Annual report on the working of the lock hospitals in the Central Provinces
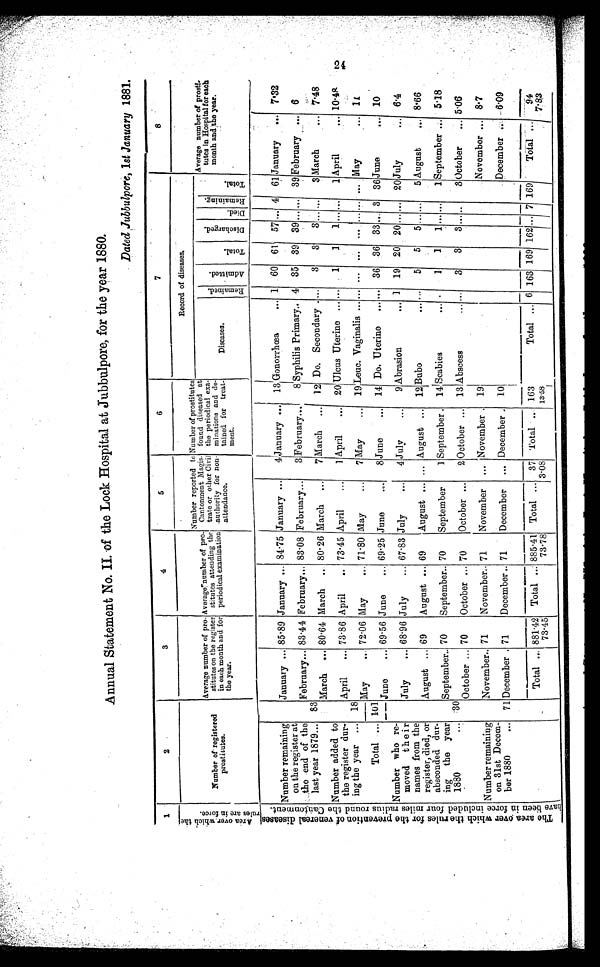
Annual Statement No. II. of the Lock Hospital at Jubbulpore, for the year 1880.
Dated Jubbulpore,1 s t J a n u a r y
1 8 8 1 .
1
2
3
4
5
6
7
8
A r e a o v e r w h i c h t h e
r u l e s a r e i n f o r c e .
Number of registered
prostitutes.
Average number of pro-
stitutes on the register
in each month and for
the year.
Average number of pro-
stitutes attending the
periodical examination
Number reported to
Cantonment Magis-
trate or other Civil
authority for non-
attendance.
Number of prostitutes
found diseased at
the periodical exa-
minations and de-
tained for treat-
m e n t .
Record of diseases.
Average number of prosti-
tutes in Hospital for each
month and the year.
Diseases.
R e m a i n e d . A d m i t t e d . Total.
D i s c h a r g e d .
Di ed.
R e m a i n i n g . T o t a l .
T h e a r e a o v e r w h i c h t h e r u l e s f o r t h e p r e v e n t i o n o f v e n e r e a l d i s e a s e s
h a v e b e e n i n f o r c e i n c l u d e d f o u r m i l e s r a d i u s r o u n d t h e C a n t o n m e n t .
Number remaining
on the register at
the end of the
last year 1879... 83
January ... 85.89 January
...
84.75 January
...
4
January
...
13 Gonorrhœa
... 1 60 61 57
... 4
61 January ... 7.32
February
...
83.44 February
...
83.08 February
...
3 February
...
8 Syphilis Primary
..
4 35 39 39 ... . . . 39 February ... 6
March ... 80.64 March ... 80.26 March ... 7 March ... 12 Do. Secondary . . . . 3 3 3 ... ....
3 March
... 7.48
Number added to
the register dur-
ing the year ... 18
April ... 73.86 April ... 73.45 April ... 1 April ... 20 Ulcus Uterine ... ... 1
1 1 . . . ...
1 April
... 10.48
May
... 72.06 May
... 71.80 May
... 7 May
... 19 Leuc. Vaginalis
...
... ... ... ... ... . . . ... May
...
1 1
Total ... 101
June ... 69.56 June
. . . 69.25 June
... 8 June
. . . 14 Do. Uterine ... ... 36 36 33 ... 3 36 June
..
. 10
Number who re-
moved their
names from the
register, died, or
absconded dur-
ing the year
1880
... 30
July
... 68.96 July
... 67.83 July
... 4 July
...
9 Abrasion
... 1 19 20 20 ... ... 20 July
... 6.4
August ... 69 August ... 69 August ... ... August ... 12 Bubo
... . . . 5 5 5 ... ... 5 August
... 8.66
September
...
70 September
...
70 September
1 September . 14 Scabies
. . . .
1 1 1 ... ...... 1 September
...
5.18
October
...
70 October ... 70 October ... 2 October ... 13 Abscess
... . . . 3 3 3 ... ...
3 October ... 5.06
Number remaining
on 31st Decem-
ber 1880
... 71
November
...
71
November
...
71 November ... November . 19
November
...
8.7
December
...
71 December
...
71
December ... December . 10
December ... 6.09
Total ... 881.42
73.45
Total ... 885.41
73.78
Total ... 37
3.08
Total ... 163
13.58
I
Total ... 6 163 169 162 ...
7
1 6 9 Total ... 94
7.83
24